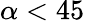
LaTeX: \alpha<45